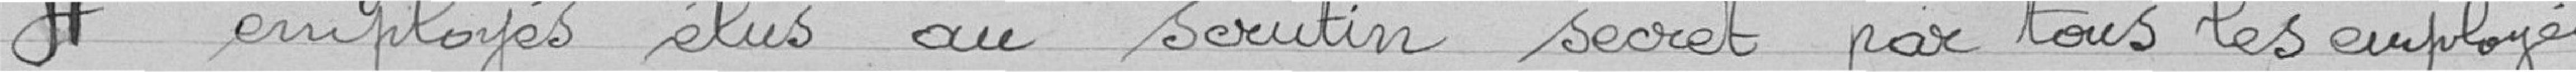
4 employés élus au scrutin secret par tous les employés